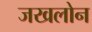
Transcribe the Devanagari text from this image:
जखलोन